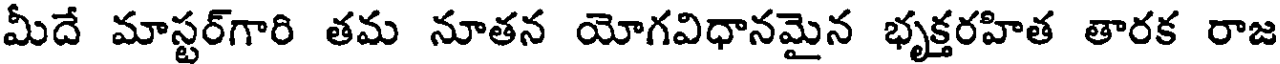
మీదే మాస్టర్గారి తమ నూతన యోగవిధానమైన భృక్తరహిత తారక రాజ